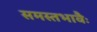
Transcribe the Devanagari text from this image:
समस्तभावैः